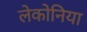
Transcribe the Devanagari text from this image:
लेकोनिया